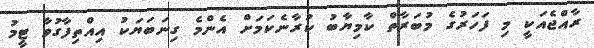
ރާއްޖެއަކީ މި ފަހަރުގެ މުބަރާތް ކާމިޔާބު ކުރާނެކަމަށް އެންމެ ގިނަބަޔަކު އިއްތިފާގުވާ ޓީމު